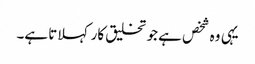
یہی وہ شخص ہے جو تخلیق کار کہلاتا ہے۔